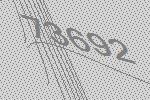
73692